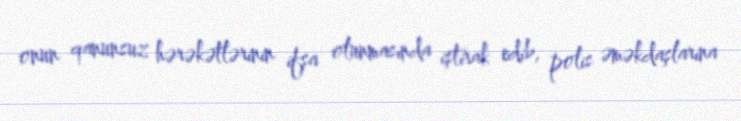
onun qanunsuz hərəkətlərinin ifşa olunmasında iştirak edib, polis əməkdaşlarına